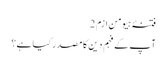
فتنۂ ہیومن ازم 2
آپ کے فہم دین کا مصدر کیا ہے؟